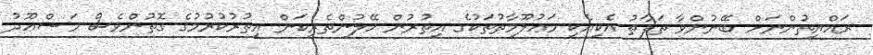
ރައްޔިތުންނަށް ބޭނުންވާ ތަފާތު އެކިއެކި މަޢުލޫމާތުތަކުގެ އިތުރުން ހޭލުންތެރިކަން އިތުރުކުރުމުގެ ގޮތުންވެސް މަސްޢޫދު